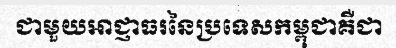
ជាមួយអាជ្ញាធរនៃប្រទេសកម្ពុជាគឺជា